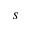
s